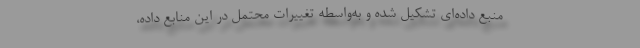
منبع داده‌ای تشکیل شده و به‌واسطه تغییرات محتمل در این منابع داده،